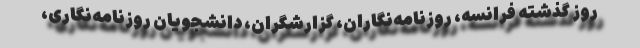
روز گذشته فرانسه، روزنامه‌نگاران، گزارشگران، دانشجویان روزنامه‌نگاری،